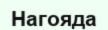
Нагояда